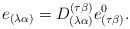
\begin{align*}e_{(\lambda \alpha)}=D^{(\tau\beta)}_{(\lambda \alpha)}e^{0}_{(\tau\beta)}.\end{align*}